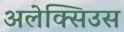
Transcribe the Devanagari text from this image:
अलेक्सिउस